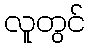
လူတွင်